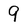
Character: 9